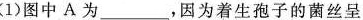
(1)图中A为___，因为着生孢子的菌丝呈